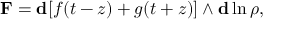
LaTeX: \mathbf { F } = \mathbf { d } [ f ( t - z ) + g ( t + z ) ] \wedge \mathbf { d } \ln { \rho } ,